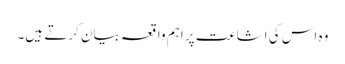
وہ اس کی اشاعت پر اہم واقعہ بیان کرتے ہیں۔